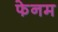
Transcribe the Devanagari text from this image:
फेनम